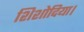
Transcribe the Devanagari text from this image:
शिशोदिया।